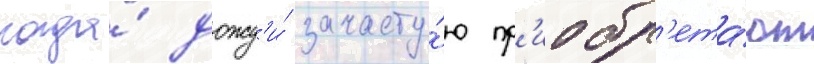
когда́ дожд'и́ зачасту́ю пр'иобр'ета́ют